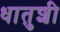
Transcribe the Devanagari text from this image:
धातुशी